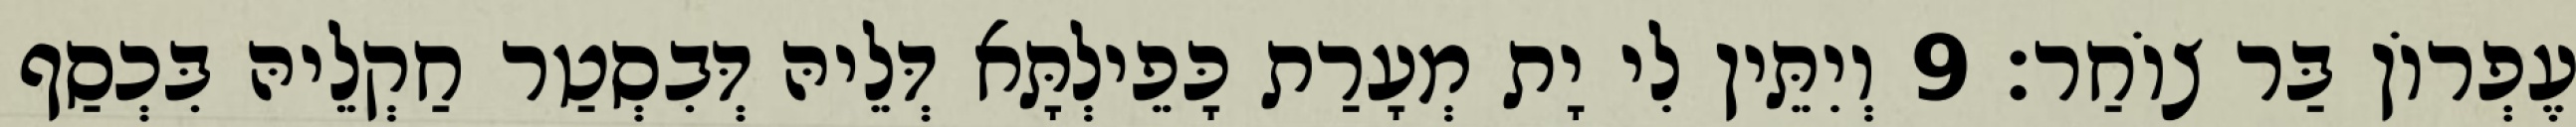
עֶפְרוֹן בַּר צוֹחַר׃ 9 וְיִתֵּין לִי יָת מְעָרַת כָּפֵילְתָּא דְּלֵיהּ דְּבִסְטַר חַקְלֵיהּ בִּכְסַף